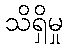
သိရှိမှု